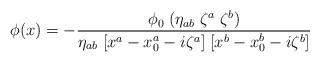
LaTeX: \begin{align*}\phi(x) = - {\phi_0 \; (\eta_{ab} \; \zeta^a \; \zeta^b)\over\eta_{ab} \;[x^a-x_0^a-i\zeta^a] \; [x^b-x_0^b-i \zeta^b]}\end{align*}